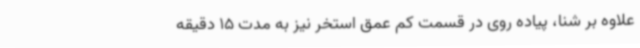
علاوه بر شنا، پیاده روی در قسمت کم عمق استخر نیز به مدت 15 دقیقه